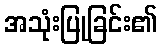
အသုံးပြုခြင်း၏